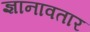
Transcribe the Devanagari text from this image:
ज्ञानावतार